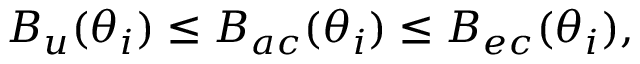
B _ { u } ( \boldsymbol \theta _ { i } ) \leq B _ { a c } ( \boldsymbol \theta _ { i } ) \leq B _ { e c } ( \boldsymbol \theta _ { i } ) ,